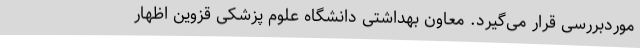
موردبررسی قرار می‌گیرد. معاون بهداشتی دانشگاه علوم پزشکی قزوین اظهار